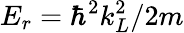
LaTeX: E_{r}=\hbar^{2}k_{L}^{2}/2m